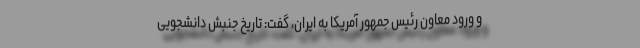
و ورود معاون رئیس جمهور آمریکا به ایران، گفت: تاریخ جنبش دانشجویی